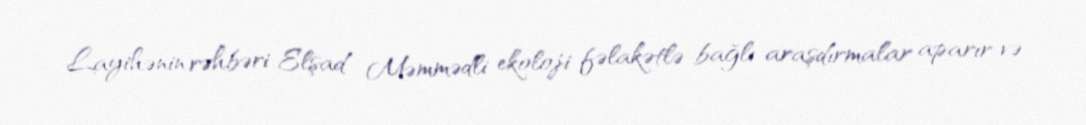
Layihənin rəhbəri Elşad Məmmədli ekoloji fəlakətlə bağlı araşdırmalar aparır və